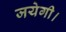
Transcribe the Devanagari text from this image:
जयेगी।